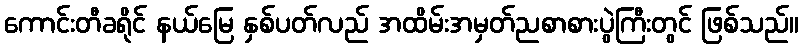
ကောင်းတီခရိုင် နယ်မြေ နှစ်ပတ်လည် အထိမ်းအမှတ်ညစာစားပွဲကြီးတွင် ဖြစ်သည်။